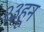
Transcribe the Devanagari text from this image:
२३हून